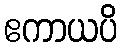
ဧကာယပိ